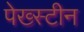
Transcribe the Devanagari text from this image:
पेख्स्टीन